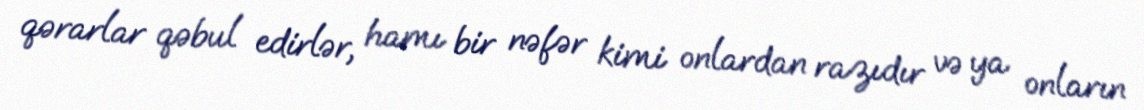
qərarlar qəbul edirlər, hamı bir nəfər kimi onlardan razıdır və ya onların